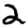
Digit: 2